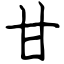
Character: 甘